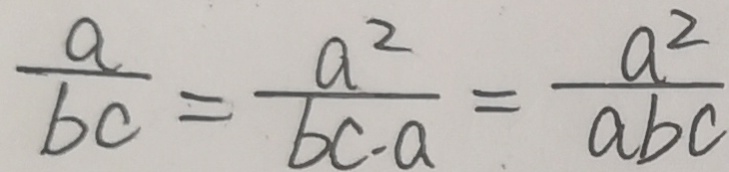
\frac { a } { b c } = \frac { a ^ { 2 } } { b c . a } = \frac { a ^ { 2 } } { a b c }